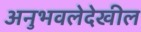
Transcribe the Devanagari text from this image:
अनुभवलेदेखील